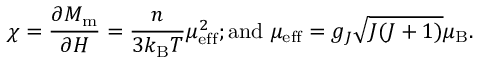
\chi = { \frac { \partial M _ { \mathrm { { m } } } } { \partial H } } = { \frac { n } { 3 k _ { \mathrm { { B } } } T } } \mu _ { \mathrm { e f f } } ^ { 2 } { \mathrm { ; a n d ~ } } \mu _ { \mathrm { e f f } } = g _ { J } { \sqrt { J ( J + 1 ) } } \mu _ { \mathrm { B } } .